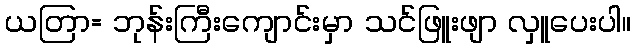
ယတြာ= ဘုန်းကြီးကျောင်းမှာ သင်ဖြူးဖျာ လှူပေးပါ။